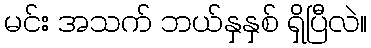
မင်း အသက် ဘယ်နှနှစ် ရှိပြီလဲ။